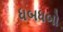
ધબધબો